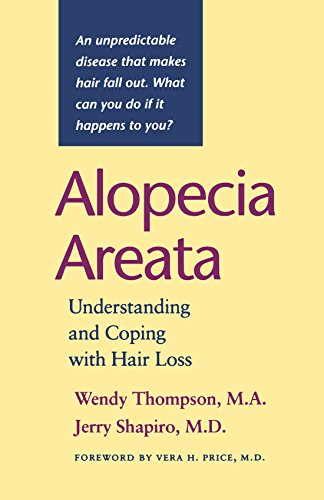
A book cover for Alopecia Areata: Understanding and Coping with Hair Loss; Wendy Thompson; Health, Fitness & Dieting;